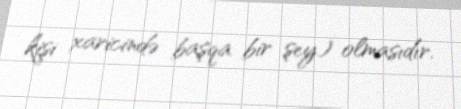
kişi xaricində başqa bir şey) olmasıdır.